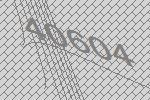
40604